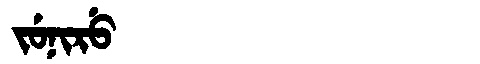
Manchu: ᠵᡠᠨᡳᡵᡠ
Romanization: JUNIRU